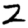
Digit: 2